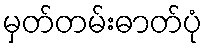
မှတ်တမ်းဓာတ်ပုံ